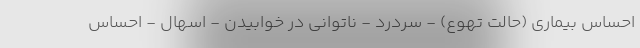
احساس بیماری (حالت تهوع) - سردرد - ناتوانی در خوابیدن - اسهال - احساس